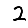
Digit: 2